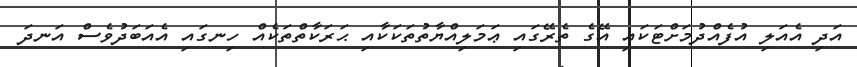
އަދި އެއަލި އުފެއްދުމަށްޓަކައި އޭގެ ތެރޭގައި ޢަމަލިއްޔާތުތަކަކާއި ޙަރަކާތްތަކެއް ހިނގައި އެއަބަދުވެސް އަނދަ